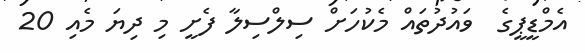
އެމްޑީޕީގެ  ވައުދުތައް މެކުހަށް ސިލްސިލާ ފެށީ މި ދިޔަ މެއި 20